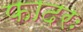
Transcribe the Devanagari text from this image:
फादरः